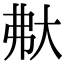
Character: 𡗻